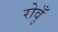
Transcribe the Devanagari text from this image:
रोवुँ